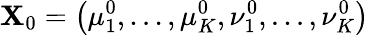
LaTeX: \textbf{X}_{0}=\left(\mu_{1}^{0},...,\mu_{K}^{0},\nu_{1}^{0},...,\nu_{K}^{0}\right)